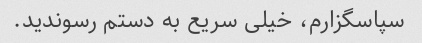
سپاسگزارم، خیلی سریع به دستم رسوندید.